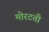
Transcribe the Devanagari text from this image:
मोरटती